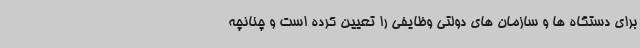
برای دستگاه ها و سازمان های دولتی وظایفی را تعیین کرده است و چنانچه